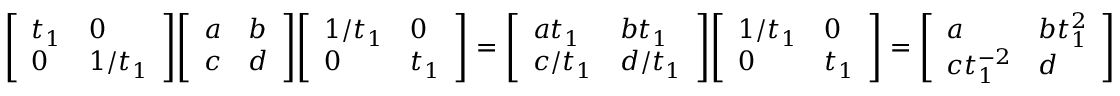
{ \left[ \begin{array} { l l } { t _ { 1 } } & { 0 } \\ { 0 } & { 1 / t _ { 1 } } \end{array} \right] } { \left[ \begin{array} { l l } { a } & { b } \\ { c } & { d } \end{array} \right] } { \left[ \begin{array} { l l } { 1 / t _ { 1 } } & { 0 } \\ { 0 } & { t _ { 1 } } \end{array} \right] } = { \left[ \begin{array} { l l } { a t _ { 1 } } & { b t _ { 1 } } \\ { c / t _ { 1 } } & { d / t _ { 1 } } \end{array} \right] } { \left[ \begin{array} { l l } { 1 / t _ { 1 } } & { 0 } \\ { 0 } & { t _ { 1 } } \end{array} \right] } = { \left[ \begin{array} { l l } { a } & { b t _ { 1 } ^ { 2 } } \\ { c t _ { 1 } ^ { - 2 } } & { d } \end{array} \right] }